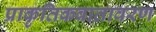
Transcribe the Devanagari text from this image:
प्राकृतिकवातावरण